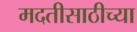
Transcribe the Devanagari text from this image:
मदतीसाठीच्या